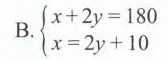
B.$$\left\{ \begin{matrix} x+2y=180 \\ x=2y+10 \\ \end{matrix} \right.$$